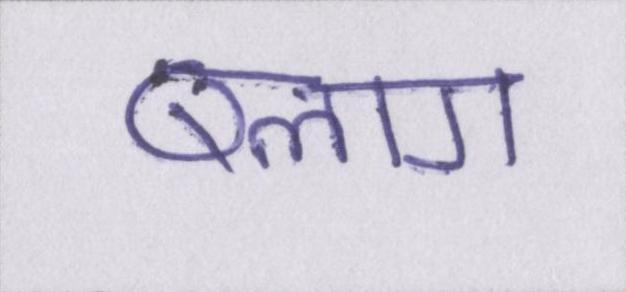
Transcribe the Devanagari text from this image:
ब्लाग